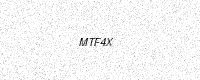
Text: MTF4X